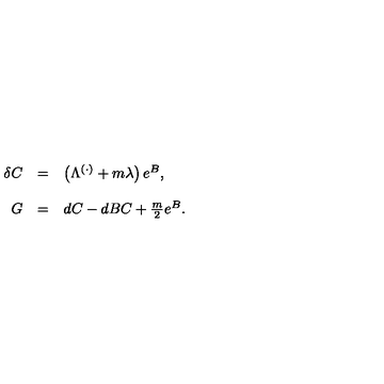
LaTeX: \begin{array} { r c l } { \delta C } & { = } & { \left( \Lambda ^ { ( \cdot ) } + m \lambda \right) e ^ { B } , } \\ { } & { } & { } \\ { G } & { = } & { d C - d B C + \frac { m } { 2 } e ^ { B } . } \\ { } & { } & { } \\ \end{array}